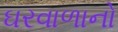
ઘરવાળાનો